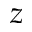
z